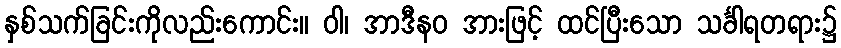
နှစ်သက်ခြင်းကိုလည်းကောင်း။ ဝါ၊ အာဒီနဝ အားဖြင့် ထင်ပြီးသော သင်္ခါရတရား၌